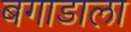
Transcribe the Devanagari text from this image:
बगाडाला